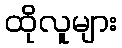
ထိုလူများ